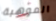
الموهبة